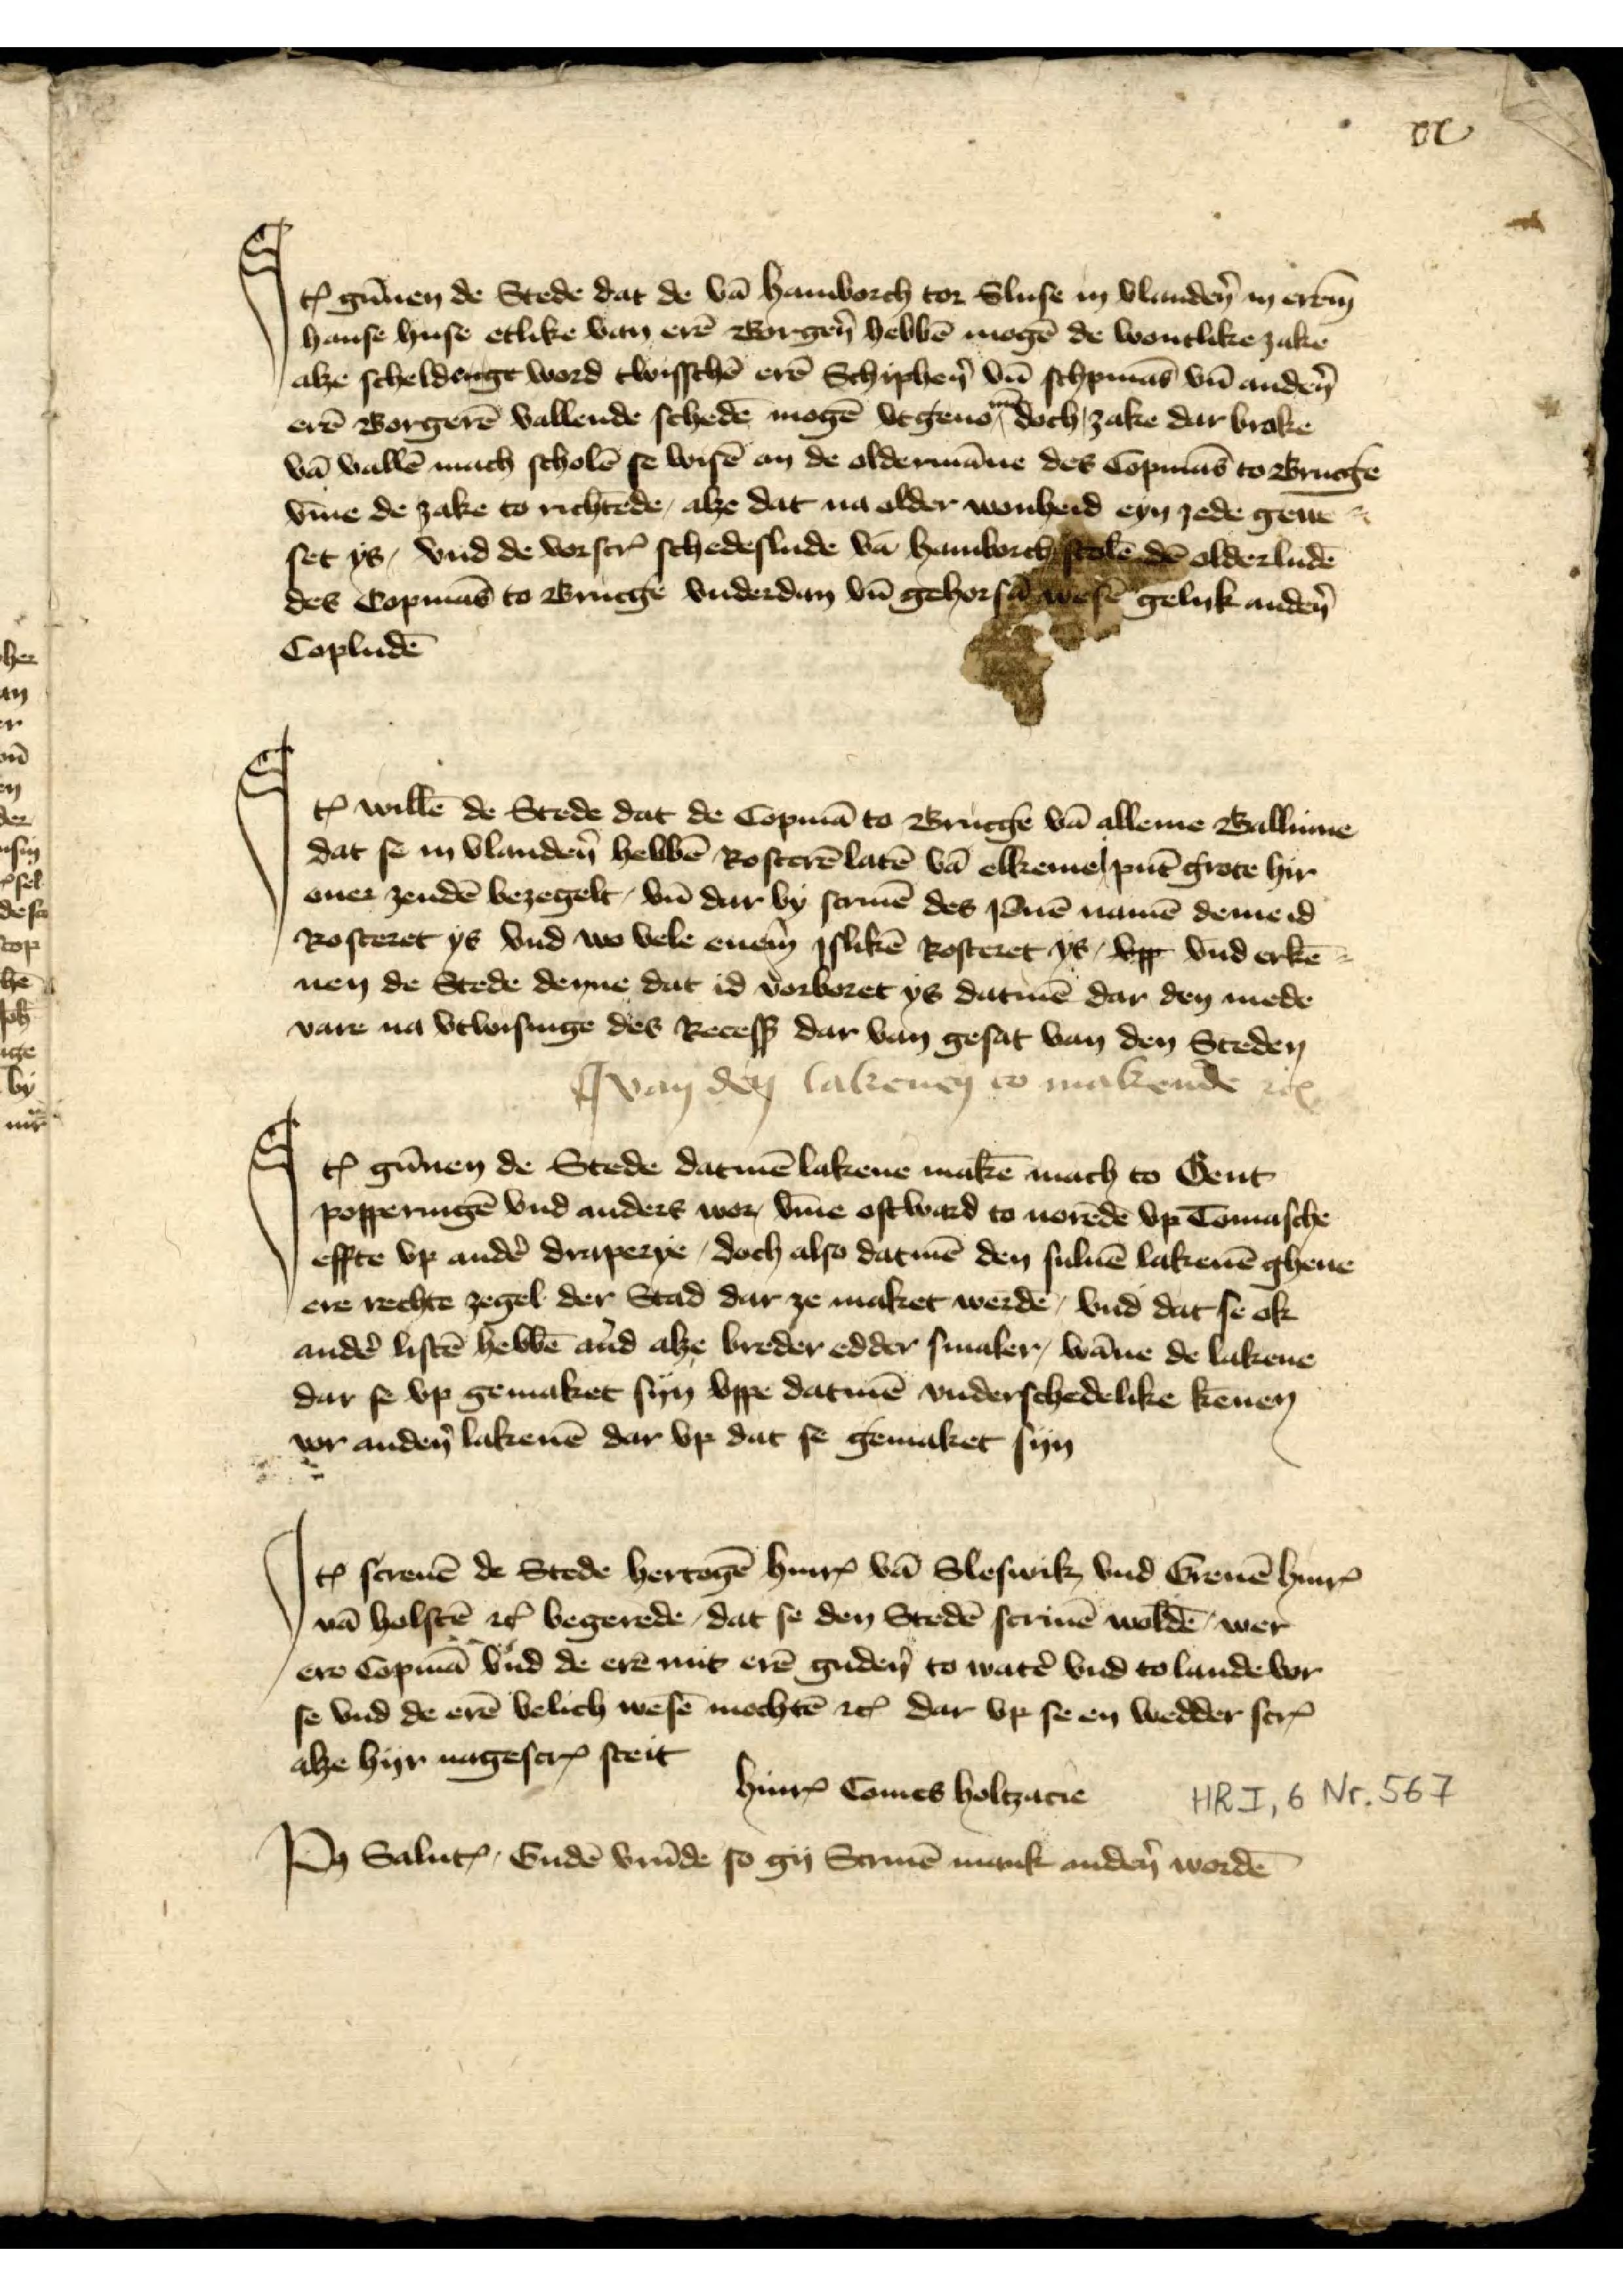
xx

Jꝷ gūnen de Stede dat de vā Hamborch tor Sluse in Vlandẻn in erem
hanse huse etlike van erē Borgẻn hebbē mogē de wontlike zake
alze scheldenge word twisschē erē Schiphẻn vn̄ schipmās vn̄ andẻn
erē Borgerē vallende schedē mogē vegens mā doch zake dar brake
vā vallē mach scholē se wisē an de oldermāne des Copmās to Brucge
v̄me de zake to richtēde, alze dat na older wonheid eyn jede geue¬
set ys, vnd de vorscrꝬ schedeslude vā Hamborch scolē dē olderludē
des Copmās to Brucge vnderdan vn̄ gehorsā wesē gelyk andẻn
Copludē

Jꝷ willē de Stede dat de Copmā to Brucge vā alleme Ballume
dat se in Vlandẻn hebbē Rosterē latē vā elkene i pūt grote hyr
ouer zendē bezegelt vn̄ dar by screuē des 1 dnē namē deme id
Rosteret ys vnd wo vele enem isliken Rosteret ys, vpp vnd erkē
nen de Stede denne dat id vorboret ys datmē dar den mede
vare na vthwisinge des Recesß dar van gesat van den Steden

I van den Calrenen to makende etꝬ

Jꝷ gūnen de Stede datmē lakene makē mach to Gent
Popperingē vnd anders wor v̄me ostward to uorēde vp Tomasche
effte vp andẻ draperye, doch also dat mē den suluē lakenē gheue
ere rechte zegel der Stad dar ze maket werdē, vnd dat se ok
andẻ listē hebbē an̉d alze breder edder smaler, wāne de lakene
dar se vp genaket syn vppe datmē vnderschedlike kēnen
vor andẻn lakenē dar vp dat se gemaket syn

Jꝷ screuē de Stede hertogē HinrꝬ vā Sleswik vnd Greuē HinrꝬ
vā Holstē etc begerede, dat se den Stedē scriuē woldē wer
ero Copmā vnd de ere mit erē gudẻn to watẻ vnd to lande vor
se vnd de erē velich wesē mochtē etc dar vp se en wedder scrꝬ
alze hyr nagescrꝬ steit

HinrꝬ Tomes Holtzarie

Po Saluꝷ, Gudē vrūde so gy Screuē mank andẻn worde